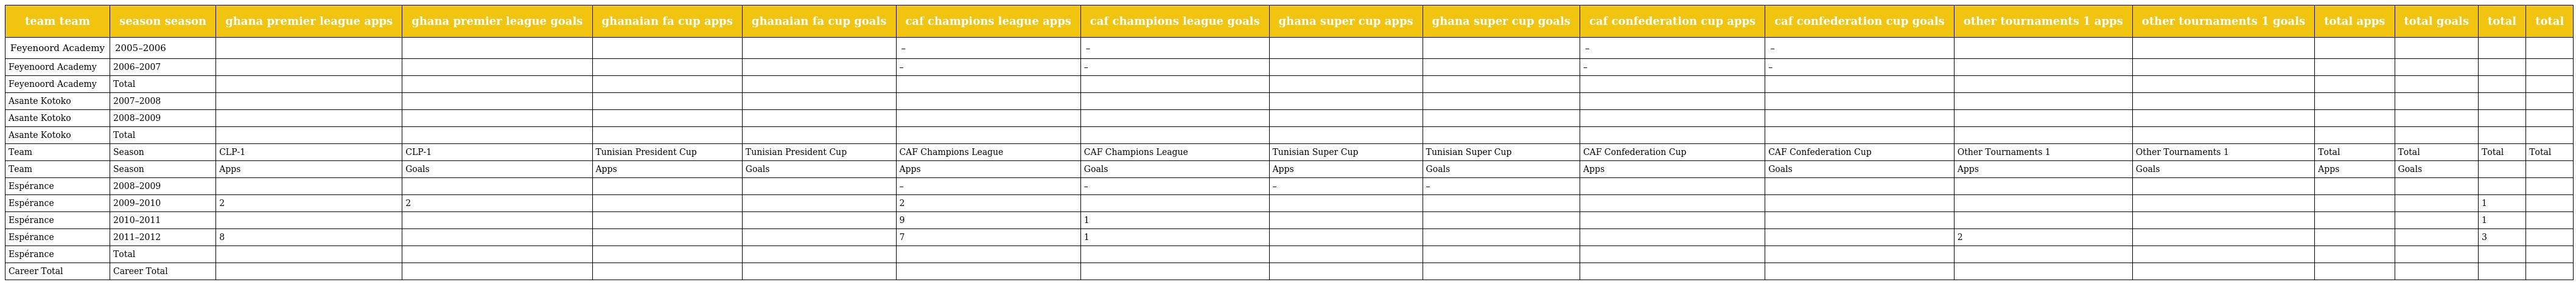
| team team | season season | ghana premier league apps | ghana premier league goals | ghanaian fa cup apps | ghanaian fa cup goals | caf champions league apps | caf champions league goals | ghana super cup apps | ghana super cup goals | caf confederation cup apps | caf confederation cup goals | other tournaments 1 apps | other tournaments 1 goals | total apps | total goals | total | total |
 | --- | --- | --- | --- | --- | --- | --- | --- | --- | --- | --- | --- | --- | --- | --- | --- | --- | --- |
 | Feyenoord Academy | 2005–2006 |  |  |  |  | – | – |  |  | – | – |  |  |  |  |  |  |
 | Feyenoord Academy | 2006–2007 |  |  |  |  | – | – |  |  | – | – |  |  |  |  |  |  |
 | Feyenoord Academy | Total |  |  |  |  |  |  |  |  |  |  |  |  |  |  |  |  |
 | Asante Kotoko | 2007–2008 |  |  |  |  |  |  |  |  |  |  |  |  |  |  |  |  |
 | Asante Kotoko | 2008–2009 |  |  |  |  |  |  |  |  |  |  |  |  |  |  |  |  |
 | Asante Kotoko | Total |  |  |  |  |  |  |  |  |  |  |  |  |  |  |  |  |
 | Team | Season | CLP-1 | CLP-1 | Tunisian President Cup | Tunisian President Cup | CAF Champions League | CAF Champions League | Tunisian Super Cup | Tunisian Super Cup | CAF Confederation Cup | CAF Confederation Cup | Other Tournaments 1 | Other Tournaments 1 | Total | Total | Total | Total |
 | Team | Season | Apps | Goals | Apps | Goals | Apps | Goals | Apps | Goals | Apps | Goals | Apps | Goals | Apps | Goals |  |  |
 | Espérance | 2008–2009 |  |  |  |  | – | – | – | – |  |  |  |  |  |  |  |  |
 | Espérance | 2009–2010 | 2 | 2 |  |  | 2 |  |  |  |  |  |  |  |  |  | 1 |  |
 | Espérance | 2010–2011 |  |  |  |  | 9 | 1 |  |  |  |  |  |  |  |  | 1 |  |
 | Espérance | 2011–2012 | 8 |  |  |  | 7 | 1 |  |  |  |  | 2 |  |  |  | 3 |  |
 | Espérance | Total |  |  |  |  |  |  |  |  |  |  |  |  |  |  |  |  |
 | Career Total | Career Total |  |  |  |  |  |  |  |  |  |  |  |  |  |  |  |  |